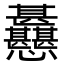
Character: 𢦊